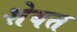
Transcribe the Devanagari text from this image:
शेवत